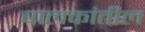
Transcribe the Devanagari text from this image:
चालकांतील